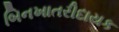
બિનખાતરીદાયક